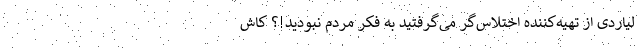
لیاردی از تهیه‌کننده اختلاس‌گر می‌گرفتید به فکر مردم نبودید!؟ کاش